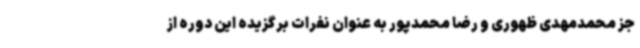
جز محمدمهدی ظهوری و رضا محمدپور به عنوان نفرات برگزیده این دوره از